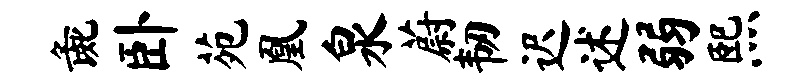
彘卧苑凰泉蔚韧迟述弱熙